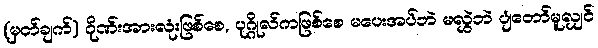
(မှတ်ချက်) ဂိုဏ်းအားလုံးဖြစ်စေ, ပုဂ္ဂိုလ်ကဖြစ်စေ မပေးအပ်ဘဲ မလွှဲဘဲ ပျံတော်မူလျှင်